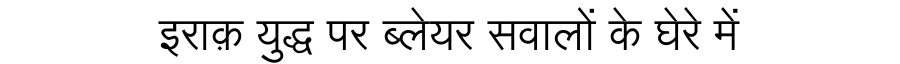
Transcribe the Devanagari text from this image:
इराक़ युद्ध पर ब्लेयर सवालों के घेरे में